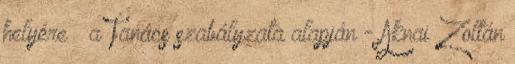
helyére – a Tanács szabályzata alapján - Aknai Zoltán